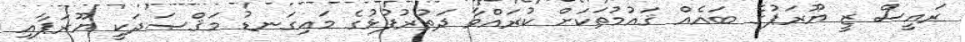
ރައީސް ޒީ ޔޫރަޕުގެ ބައެއް ޤައުމުތަކަށް ކުރައްވާ ދަތުރުފުޅުގެ މައިގަނޑު މަޤްޞަދަކީ ޔޫރަޕާއި